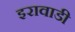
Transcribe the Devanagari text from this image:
इरावाडी